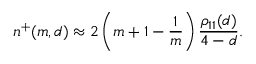
n ^ { + } ( m , d ) \approx 2 \left( m + 1 - { \frac { 1 } { m } } \right) { \frac { \rho _ { 1 1 } ( d ) } { 4 - d } } .